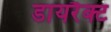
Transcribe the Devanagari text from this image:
डायरैक्ट